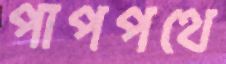
পাপপথে